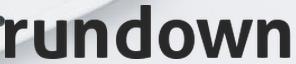
rundown